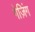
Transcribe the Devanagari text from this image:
गेज़िंग